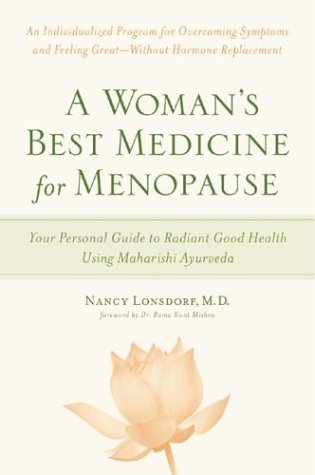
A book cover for A Woman's Best Medicine for Menopause: Your Personal Guide to Radiant Good Health Using Maharishi Ayurveda; Nancy Lonsdorf; Health, Fitness & Dieting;